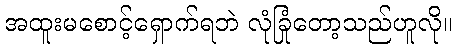
အထူးမစောင့်ရှောက်ရဘဲ လုံခြုံတော့သည်ဟူလို။